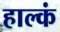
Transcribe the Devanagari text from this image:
हाल्कं